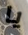
يا